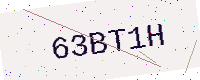
Text: 63BT1H